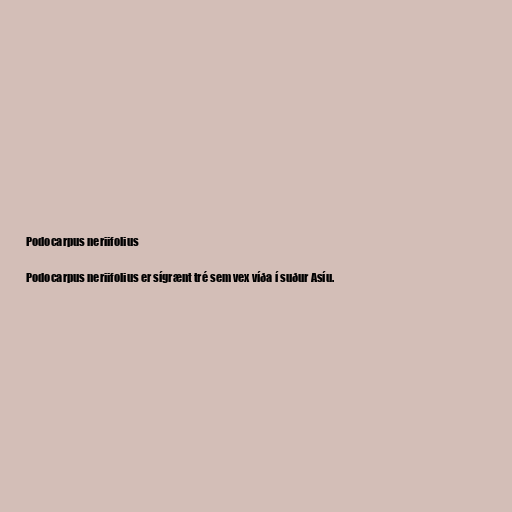
Podocarpus neriifolius

Podocarpus neriifolius er sígrænt tré sem vex víða í suður Asíu.